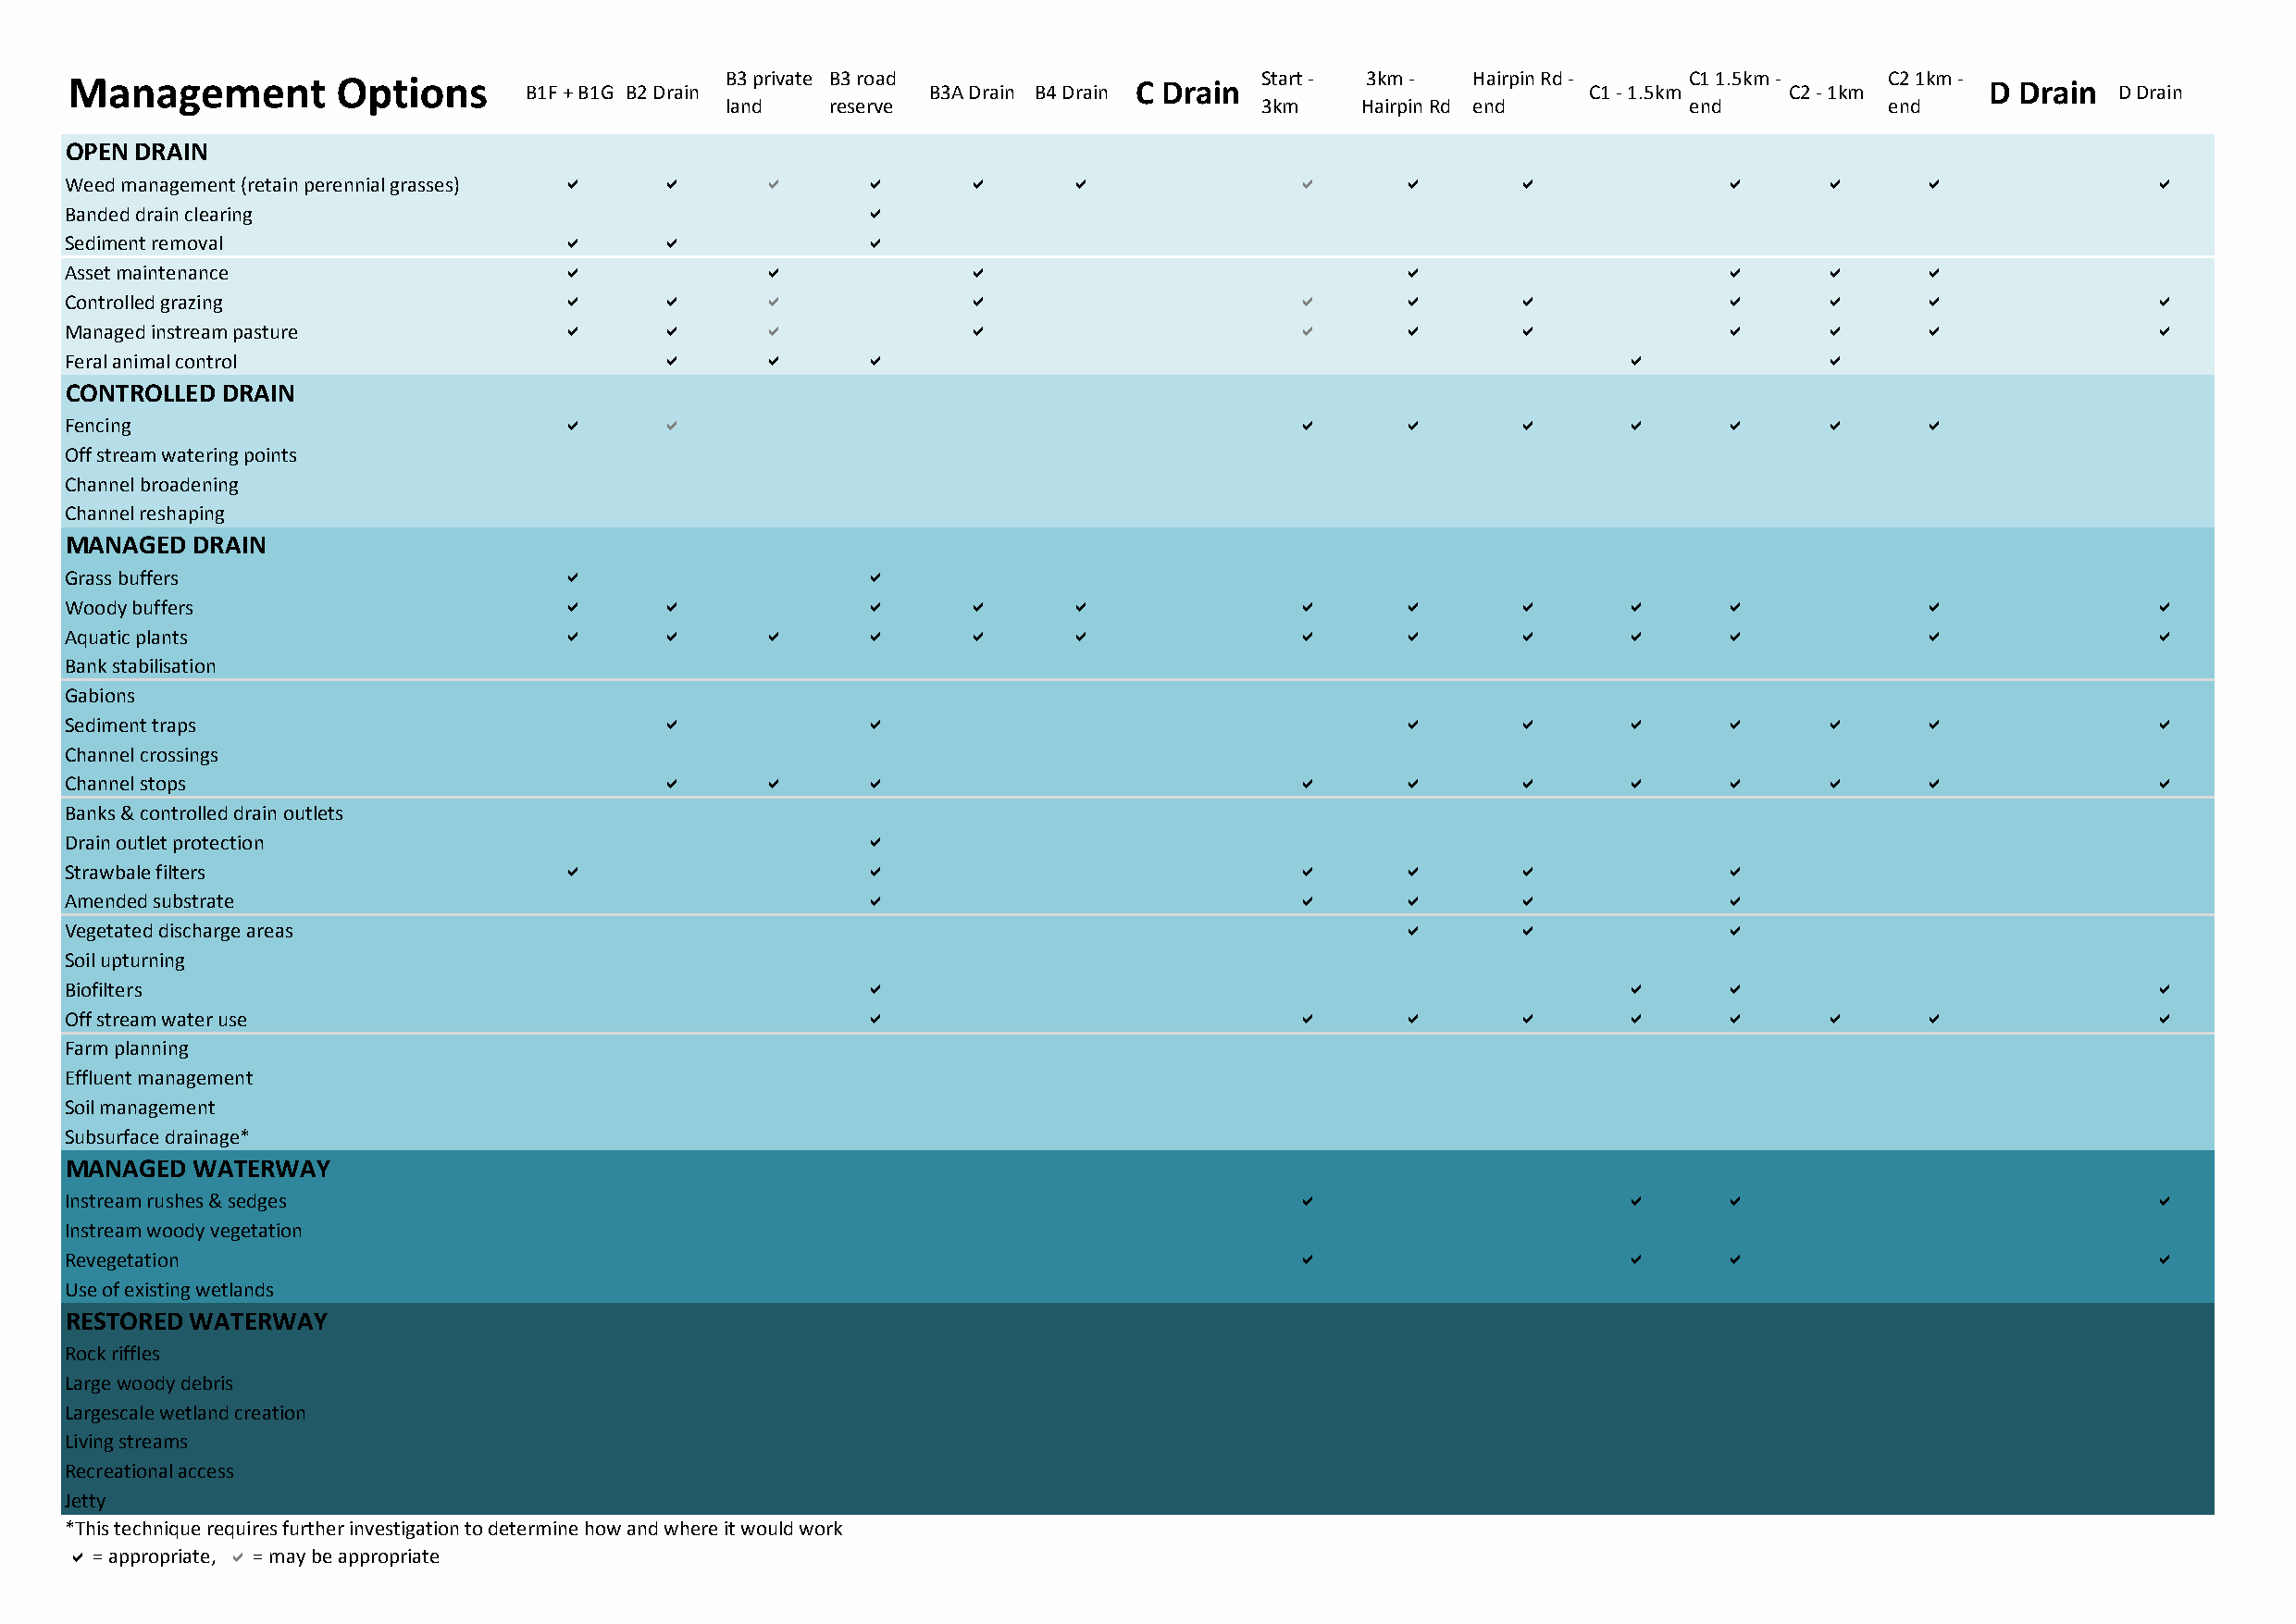
Management         Options       B1F + B1G B2 Drain B3 private B3 road B3A Drain B4 Drain C Drain Start - 3km - Hairpin Rd - C1 - 1.5km C1 1.5km - C2 - 1km C2 1km - D Drain D Drain
 land   reserve                        3km    Hairpin Rd end          end           end
 OPEN DRAIN
 Weed management (retain perennial grasses) a a    a      a      a       a               a      a        a             a       a      a               a
 Banded drain clearing                                    a
 Sediment removal                   a      a              a
 Asset maintenance                  a              a             a                              a                      a       a      a
 Controlled grazing                 a      a       a             a                       a      a        a             a       a      a               a
 Managed instream pasture           a      a       a             a                       a      a        a             a       a      a               a
 Feral animal control                      a       a      a                                                     a              a
 CONTROLLED DRAIN
 Fencing                            a      a                                             a      a        a      a      a       a      a
 Off stream watering points
 Channel broadening
 Channel reshaping
 MANAGED  DRAIN
 Grass buffers                      a                     a
 Woody buffers                      a      a              a      a       a               a      a        a      a      a              a               a
 Aquatic plants                     a      a       a      a      a       a               a      a        a      a      a              a               a
 Bank stabilisation
 Gabions
 Sediment traps                            a              a                                     a        a      a      a       a      a               a
 Channel crossings
 Channel stops                             a       a      a                              a      a        a      a      a       a      a               a
 Banks & controlled drain outlets
 Drain outlet protection                                  a
 Strawbale filters                  a                     a                              a      a        a             a
 Amended substrate                                        a                              a      a        a             a
 Vegetated discharge areas                                                                      a        a             a
 Soil upturning
 Biofilters                                               a                                                     a      a                              a
 Off stream water use                                     a                              a      a        a      a      a       a      a               a
 Farm planning
 Effluent management
 Soil management
 Subsurface drainage*
 MANAGED  WATERWAY
 Instream rushes & sedges                                                                a                      a      a                              a
 Instream woody vegetation
 Revegetation                                                                            a                      a      a                              a
 Use of existing wetlands
 RESTORED WATERWAY
 Rock riffles
 Large woody debris
 Largescale wetland creation
 Living streams
 Recreational access
 Jetty
 *This technique requires further investigation to determine how and where it would work
 a = appropriate, a = may be appropriate